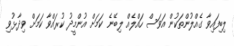
ލިބިފައިވާ ގެއްލުންތަކުން އަވަސް ހައްލެއް ލިބޭނެ ކަމަށް އުންމީދު ކުރައްވާ ކަމަށް ވިދާޅުވި